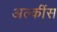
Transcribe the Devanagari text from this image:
अल्कींस